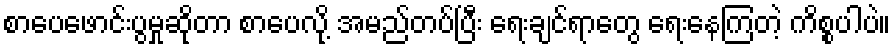
စာပေဖောင်းပွမှုဆိုတာ စာပေလို့ အမည်တပ်ပြီး ရေးချင်ရာတွေ ရေးနေကြတဲ့ ကိစ္စပါပဲ။